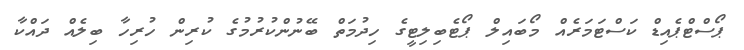
ޕޯސްޓްޕެއިޑް ކަސްޓަމަރެއް މޯބައިލް ޕޯޓެބިލިޓީގެ ހިދުމަތް ބޭނުންކުރުމުގެ ކުރިން ހުރިހާ ބިލެއް ދައްކާ